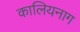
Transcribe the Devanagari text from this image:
कालियनाग